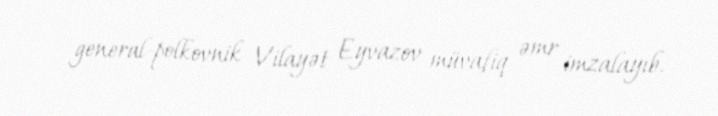
general-polkovnik Vilayət Eyvazov müvafiq əmr imzalayıb.